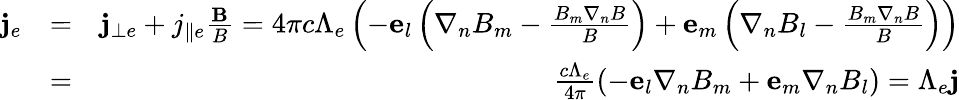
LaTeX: \begin{array}{rlr}{{\mathbf j}_{e}}&{=}&{{\mathbf j}_{\bot e}+j_{\parallel e}\frac{{\mathbf B}}{B}=4\pi c\Lambda_{e}\left({-{\mathbf e}_{l}\left({\nabla_{n}B_{m}-\frac{{B_{m}\nabla_{n}B}}{B}}\right)+{\mathbf e}_{m}\left({\nabla_{n}B_{l}-\frac{{B_{m}\nabla_{n}B}}{B}}\right)}\right)}\\ &{=}&{\frac{c\Lambda_{e}}{4\pi}\left({-{\mathbf e}_{l}\nabla_{n}B_{m}+{\mathbf e}_{m}\nabla_{n}B_{l}}\right)=\Lambda_{e}{\mathbf j}}\end{array}